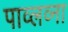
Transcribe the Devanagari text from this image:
पाव्लव्ना